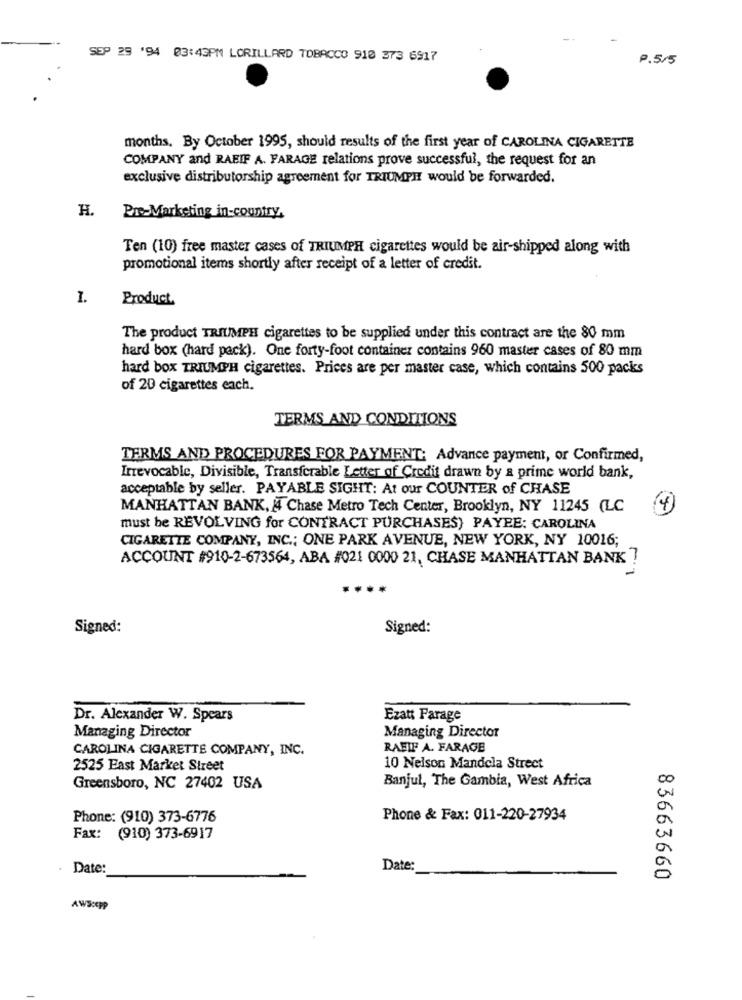
SEP 29 '94 03:43PM LORILLARD TOBACCO 910 373 6917
P.5/5
months, By October 1995, should results of the first year of CAROLINA CIGARETTE
COMPANY and RAEIF A. FARAGE relations prove successful, the request for an
exclusive distributorship agreement for TRIUMPH would be forwarded.
H.
Pre-Marketing in-country,
Ten (10) free master cases of TRIUMPH cigarettes would be air-shipped along with
promotional items shortly after receipt of a letter of credit.
I.
Product.
The product TRIUMPH cigarettes to be supplied under this contract are the 80 mm
hard box (hard pack). One forty-foot container contains 960 master cases of 80 mm
hard box TRIUMPH cigarettes. Prices are per master case, which contains 500 packs
of 20 cigarettes each.
TERMS AND CONDITIONS
TERMS AND PROCEDURES FOR PAYMENT: Advance payment, or Confirmed,
Irrevocable, Divisible, Transferable Letter of Credit drawn by a prime world bank,
acceptable by seller. PAYABLE SIGHT: At our COUNTER of CHASE
MANHATTAN BANK, A Chase Metro Tech Center, Brooklyn, NY 11245 (LC
(4)
must be REVOLVING for CONTRACT PURCHASES) PAYEE: CAROLINA
CIGARETTE COMPANY, INC .; ONE PARK AVENUE, NEW YORK, NY 10016;
ACCOUNT #910-2-673564, ABA #021 0000 21, CHASE MANHATTAN BANK ?
Signed:
Signed:
Dr. Alexander W. Spears
Ezatt Farage
Managing Director
Managing Director
CAROLINA CIGARETTE COMPANY, INC.
RAFIF A. FARAGE
2525 East Market Street
10 Nelson Mandela Strect
Banjul, The Gambia, West Africa
Greensboro, NC 27402 USA
Phone: (910) 373-6776
Phone & Fax: 011-220-27934
Fax: (910) 373-6917
Date:
Date:
83663660
AWScopp